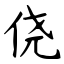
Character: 侥